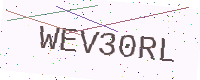
Text: WEV30RL